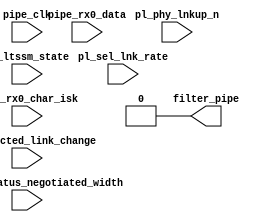
module pcie_upconfig_fix_3451_v6 # (

  parameter                                     UPSTREAM_FACING = "TRUE",
  parameter                                     PL_FAST_TRAIN = "FALSE",
  parameter                                     LINK_CAP_MAX_LINK_WIDTH = 6'h08,
  parameter                                     TCQ = 1

)
(

  input                                         pipe_clk,
  input                                         pl_phy_lnkup_n,

  input  [5:0]                                  pl_ltssm_state,
  input                                         pl_sel_lnk_rate,
  input  [1:0]                                  pl_directed_link_change,

  input  [3:0]                                  cfg_link_status_negotiated_width,
  input  [15:0]                                 pipe_rx0_data,
  input  [1:0]                                  pipe_rx0_char_isk,

  output                                        filter_pipe

);


  reg                                           reg_filter_pipe;
  reg  [15:0]                                   reg_tsx_counter;
  wire [15:0]                                   tsx_counter;

  wire [5:0]                                    cap_link_width;

  // Corrupting all Tsx on all lanes as soon as we do R.RC->R.RI transition to allow time for
  // the core to see the TS1s on all the lanes being configured at the same time
  // R.RI has a 2ms timeout.Corrupting tsxs for ~1/4 of that time
  // 225 pipe_clk cycles-sim_fast_train
  // 60000 pipe_clk cycles-without sim_fast_train
  // Not taking any action  when PLDIRECTEDLINKCHANGE is set

// Detect xx, COM then PAD,xx or COM,PAD then PAD,xx
// data0 will be the first symbol on lane 0, data1 will be the next symbol.
//  Don't look for PAD on data1 since it's unnecessary.
// COM=0xbc and PAD=0xf7 (and isk).
// detect if (data & 0xb4) == 0xb4 and isk, and then
//  if (data & 0x4b) == 0x08 or 0x43.  This distinguishes COM and PAD, using
//  no more than a 6-input LUT, so should be "free".

reg reg_filter_used, reg_com_then_pad;
reg reg_data0_b4, reg_data0_08, reg_data0_43;
reg reg_data1_b4, reg_data1_08, reg_data1_43;
reg reg_data0_com, reg_data1_com, reg_data1_pad;

wire  data0_b4 = pipe_rx0_char_isk[0] &&
        ((pipe_rx0_data[7:0] & 8'hb4) == 8'hb4);
wire  data0_08 = ((pipe_rx0_data[7:0] & 8'h4b) == 8'h08);
wire  data0_43 = ((pipe_rx0_data[7:0] & 8'h4b) == 8'h43);
wire  data1_b4 = pipe_rx0_char_isk[1] &&
        ((pipe_rx0_data[15:8] & 8'hb4) == 8'hb4);
wire  data1_08 = ((pipe_rx0_data[15:8] & 8'h4b) == 8'h08);
wire  data1_43 = ((pipe_rx0_data[15:8] & 8'h4b) == 8'h43);

wire  data0_com = reg_data0_b4 && reg_data0_08;
wire  data1_com = reg_data1_b4 && reg_data1_08;
wire  data0_pad = reg_data0_b4 && reg_data0_43;
wire  data1_pad = reg_data1_b4 && reg_data1_43;

wire  com_then_pad0 = reg_data0_com && reg_data1_pad && data0_pad;
wire  com_then_pad1 = reg_data1_com && data0_pad && data1_pad;
wire  com_then_pad = (com_then_pad0 || com_then_pad1) && ~reg_filter_used;
wire  filter_used = (pl_ltssm_state == 6'h20) &&
        (reg_filter_pipe || reg_filter_used);

  always @(posedge pipe_clk) begin

    reg_data0_b4 <= #TCQ data0_b4;
    reg_data0_08 <= #TCQ data0_08;
    reg_data0_43 <= #TCQ data0_43;
    reg_data1_b4 <= #TCQ data1_b4;
    reg_data1_08 <= #TCQ data1_08;
    reg_data1_43 <= #TCQ data1_43;
    reg_data0_com <= #TCQ data0_com;
    reg_data1_com <= #TCQ data1_com;
    reg_data1_pad <= #TCQ data1_pad;
    reg_com_then_pad <= #TCQ (~pl_phy_lnkup_n) ? com_then_pad : 1'b0;
    reg_filter_used <= #TCQ (~pl_phy_lnkup_n) ? filter_used : 1'b0;

  end

  always @ (posedge pipe_clk) begin

    if (pl_phy_lnkup_n) begin

      reg_tsx_counter <= #TCQ 16'h0;
      reg_filter_pipe <= #TCQ 1'b0;

    end else if ((pl_ltssm_state == 6'h20) &&
     reg_com_then_pad &&
                 (cfg_link_status_negotiated_width != cap_link_width) &&
                 (pl_directed_link_change[1:0] == 2'b00)) begin

      reg_tsx_counter <= #TCQ 16'h0;
      reg_filter_pipe <= #TCQ 1'b1;

    end else if (filter_pipe == 1'b1) begin

      if (tsx_counter < ((PL_FAST_TRAIN == "TRUE") ? 16'd225: pl_sel_lnk_rate ? 16'd800 : 16'd400)) begin

        reg_tsx_counter <= #TCQ tsx_counter + 1'b1;
        reg_filter_pipe <= #TCQ 1'b1;

      end else begin

        reg_tsx_counter <= #TCQ 16'h0;
        reg_filter_pipe <= #TCQ 1'b0;

      end

    end

  end

  assign filter_pipe = (UPSTREAM_FACING == "TRUE") ? 1'b0 : reg_filter_pipe;
  assign tsx_counter = reg_tsx_counter;

  assign cap_link_width = LINK_CAP_MAX_LINK_WIDTH;

endmodule